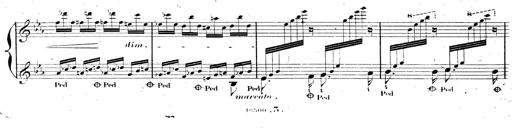
Title: AnnÃ©es de pÃ¨lerinage II, SupplÃ©ment
Composer: Franz Liszt